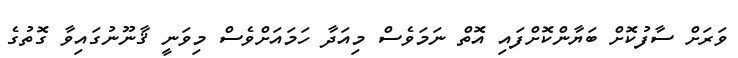
ވަރަށް ސާފުކޮށް ބަޔާންކޮށްފައި އޮތް ނަމަވެސް މިއަދާ ހަމައަށްވެސް މިވަނީ ޤާނޫނުގައިވާ ގޮތުގެ